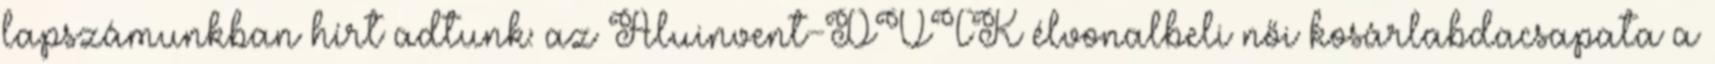
lapszámunkban hírt adtunk: az Aluinvent-DVTK élvonalbeli női kosárlabdacsapata a